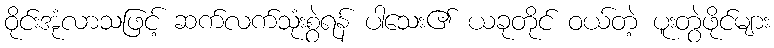
ဝိုင်းအုံလာသဖြင့် ဆက်လက်သုံးစွဲရန် ပါသေး၏ ယခုတိုင် ဝယ်တဲ့ ပူးတွဲဖိုင်များ